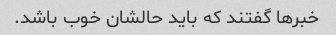
خبرها گفتند که باید حالشان خوب باشد.